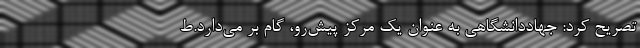
تصریح کرد: جهاددانشگاهی به عنوان یک مرکز پیش‌رو، گام بر می‌دارد.ط